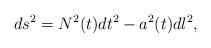
LaTeX: \begin{align*}ds^2=N^2(t)dt^2-a^2(t)dl^2, \end{align*}